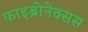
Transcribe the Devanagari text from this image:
फाइब्रोनेक्सस